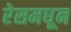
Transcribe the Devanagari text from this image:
रेसमधून